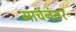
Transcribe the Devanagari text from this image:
मार्चनंतर